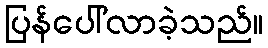
ပြန်ပေါ်လာခဲ့သည်။